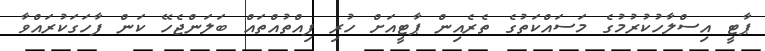
ޕާޓީ އިސްލާހުކުރުމުގެ މަސައްކަތުގެ ތެރެއިން ޕާޓީއަށް ހުރި ފިއްތުއްތައް ބަަލަންޖެހޭ ކަން ފާހަގަކުރައްވާ